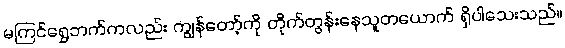
မကြင်ရွှေဘက်ကလည်း ကျွန်တော့်ကို တိုက်တွန်းနေသူတယောက် ရှိပါသေးသည်။